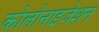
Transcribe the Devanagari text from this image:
कोलोनाइजेशन